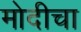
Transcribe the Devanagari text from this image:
मोदीचा